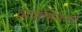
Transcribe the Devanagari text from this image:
वायोमिंगच्या